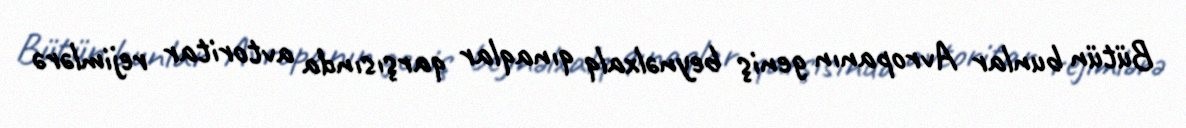
Bütün bunlar Avropanın geniş beynəlxalq qınaqlar qarşısında avtoritar rejimlərə